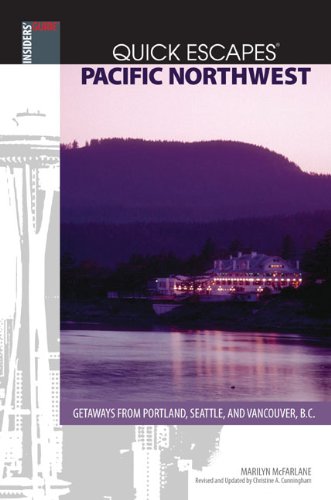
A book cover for Quick Escapes Pacific Northwest, 8th: Getaways from Portland, Seattle, and Vancouver, B.C. (Quick Escapes Series); Christine Cunningham; Travel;